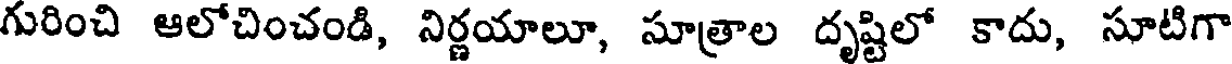
గురించి ఆలోచించండి, నిర్ణయాలూ, సూత్రాల దృష్టిలో కాదు, సూటిగా